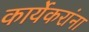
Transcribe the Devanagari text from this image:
कार्येकरांना